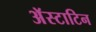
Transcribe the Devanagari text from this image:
अॅस्टाटिन